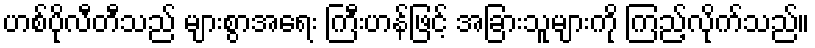
ဟစ်ပိုလီတီသည် များစွာအရေး ကြီးဟန်ဖြင့် အခြားသူများကို ကြည့်လိုက်သည်။